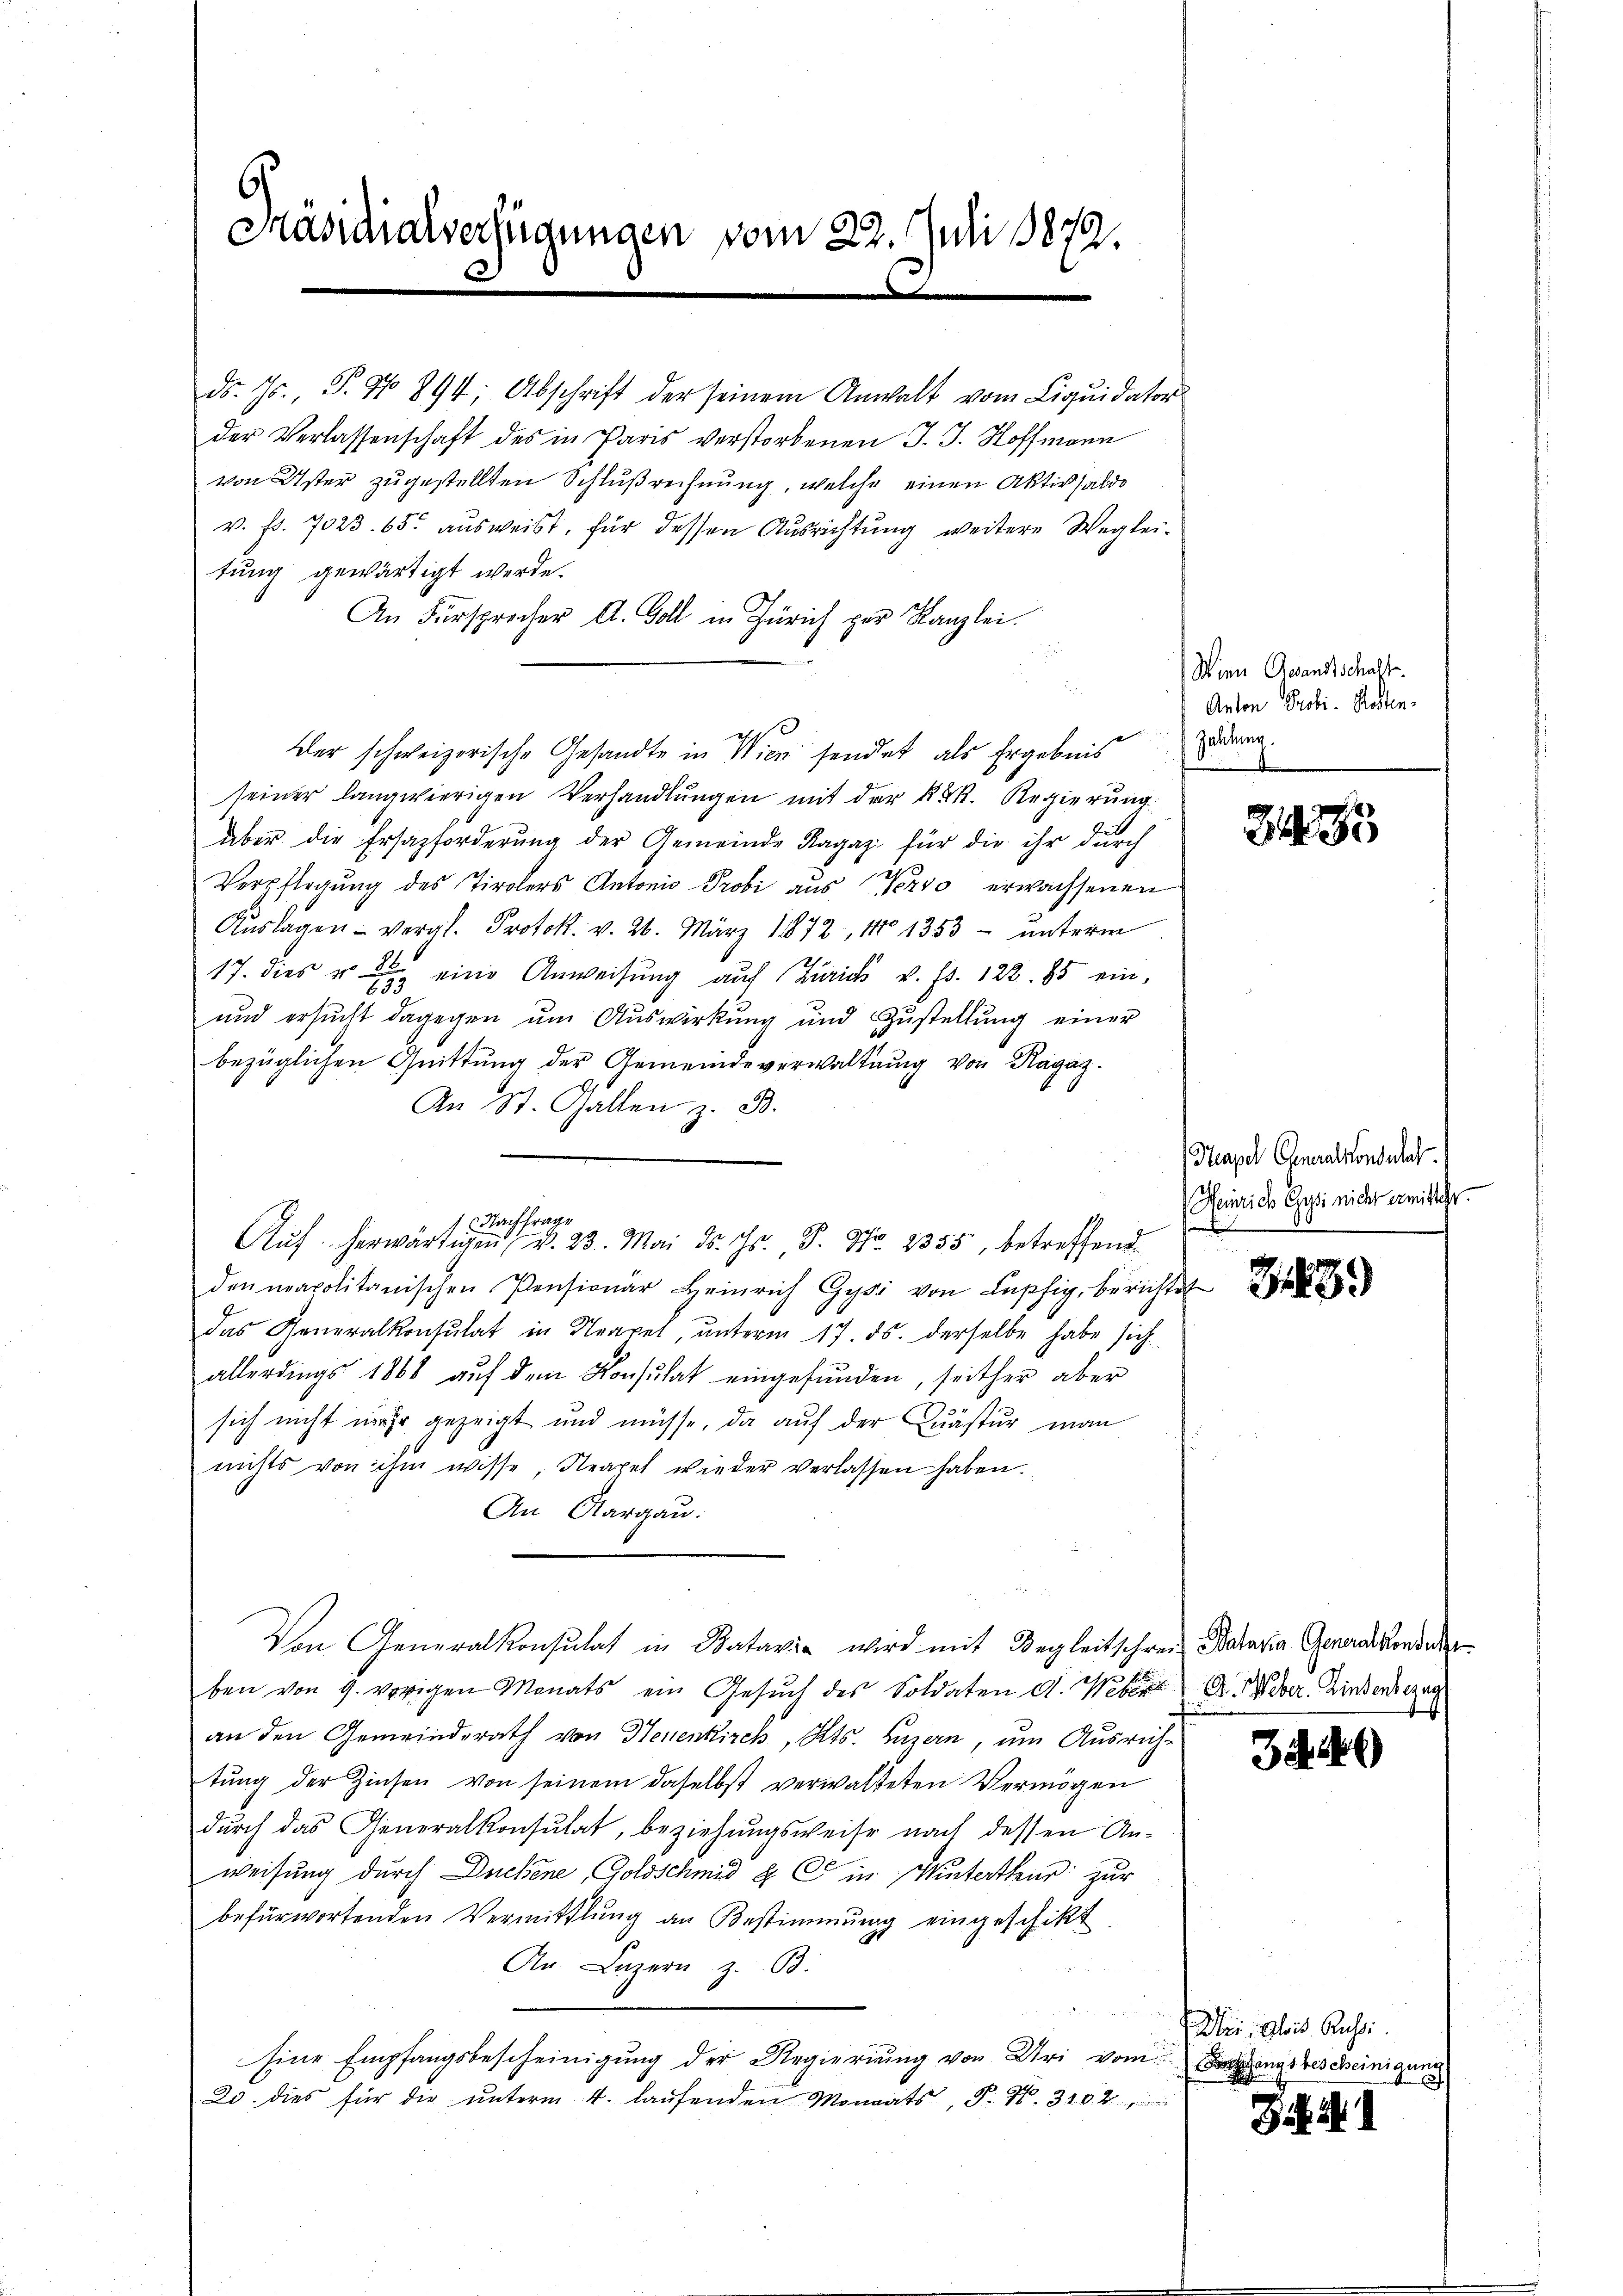
s
Präsidialverfügungen vom 22. Juli 18879.
.

ds. Js., S. 97 894; Abschrift der seinem Anwalt vom Liquidator
der Verlassenschaft des in Paris verstorbenen J. J. Hoffmann
von Uster zugestellten Schlußrechnung, welche einen Aktivsaldo
v. fr. 7023. 65. ausweist, für dessen Ausrichtung weitere Wegleitung gewärtigt werde.
An Fürsprecher A. Goll in Zürich per Kanzlei.
Der schweizerische Gesandte in Wien sendet als Ergebnis
seiner langwierigen Verhandlungen mit der K. K. Regierung
aber die Ersazforderung der Gemeinde Ragaz für die ihr durch
Verpflegung des Tirolers Antonio Probi aus Vervo erwachsenen
Auslagen - vergl. Protok. v. 26. März 1872, No 1353 - unterm
17. dies u eine Anweisung auf Zürich v. Js. 122. 85 ein-
und ersucht dagegen um Auswirkung und Zustellung einer
bezüglichen Quittung der Gemeindeverwaltung von Ragaz
An St. Gallen z. B.
denapolitanischen Pensionär Heinrich Gyr von Liberichtet
das Generalkonsulat in Neapel, unterm 17. ds. derselbe habe sich
allerdings 1868 auf dem Konsulat eingefunden, seither aber
sich nicht mehr gezeigt und müsse, da auf der Quästur man
nichts von ihm wisse, Neapel wieder verlassen haben.
An Aargau.
Von Generalkonsultat in Batavia wird mit Begleitschrei Kataria Genauskondir
ben von 9. vorigen Monats ein Gesŭch des Soldaten d. Weber A. Weber, Kindersezan
an den Gemeindsrath von Neuenkirch, Kts. Luzern, um Ausrichtung der Zinsen von seinem daselbst verwalteten Vermögen
durch das Generalkonsulat, beziehungsweise nach dessen An-
weisung durch Duchene, Goldschmid & C in Winterthur zur
befürwortenden Vermittlung an Bestimmung eingeschikt.
An Luzern z. B.
Eine Empfangsbescheinigung der Regierung von Uri vom Bedings bescheinigung
20. dies für die ŭnterm 4. laŭfenden Monats, S. 46. 310 4

1 Nachfrage
Aŭf herwärtigen v. 23. Mai d. Js. S. Nr. 2355, betreffend

Wien Gesandtschaft.
Anton Probi- Rosten-
Zeitung.

195

Neapel Generalkonsulat
Heinrich Gysi nicht ermittehr.
e

36

Wir, Glois Russi

G XI